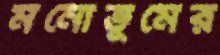
মনোভূমের